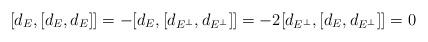
LaTeX: \begin{align*}[d_E,[d_E,d_E]]=-[d_E,[d_{E^\perp},d_{E^\perp}]]=-2[d_{E^\perp},[d_E,d_{E^\perp}]]=0\end{align*}